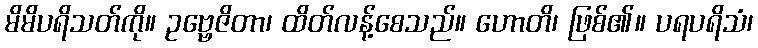
မိမိပရိသတ်ကို။ ဥဗ္ဗေဇိတာ၊ ထိတ်လန့်စေသည်။ ဟောတိ၊ ဖြစ်၏။ ပရပရိသံ၊